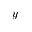
y